Riigikantselei, lk 12
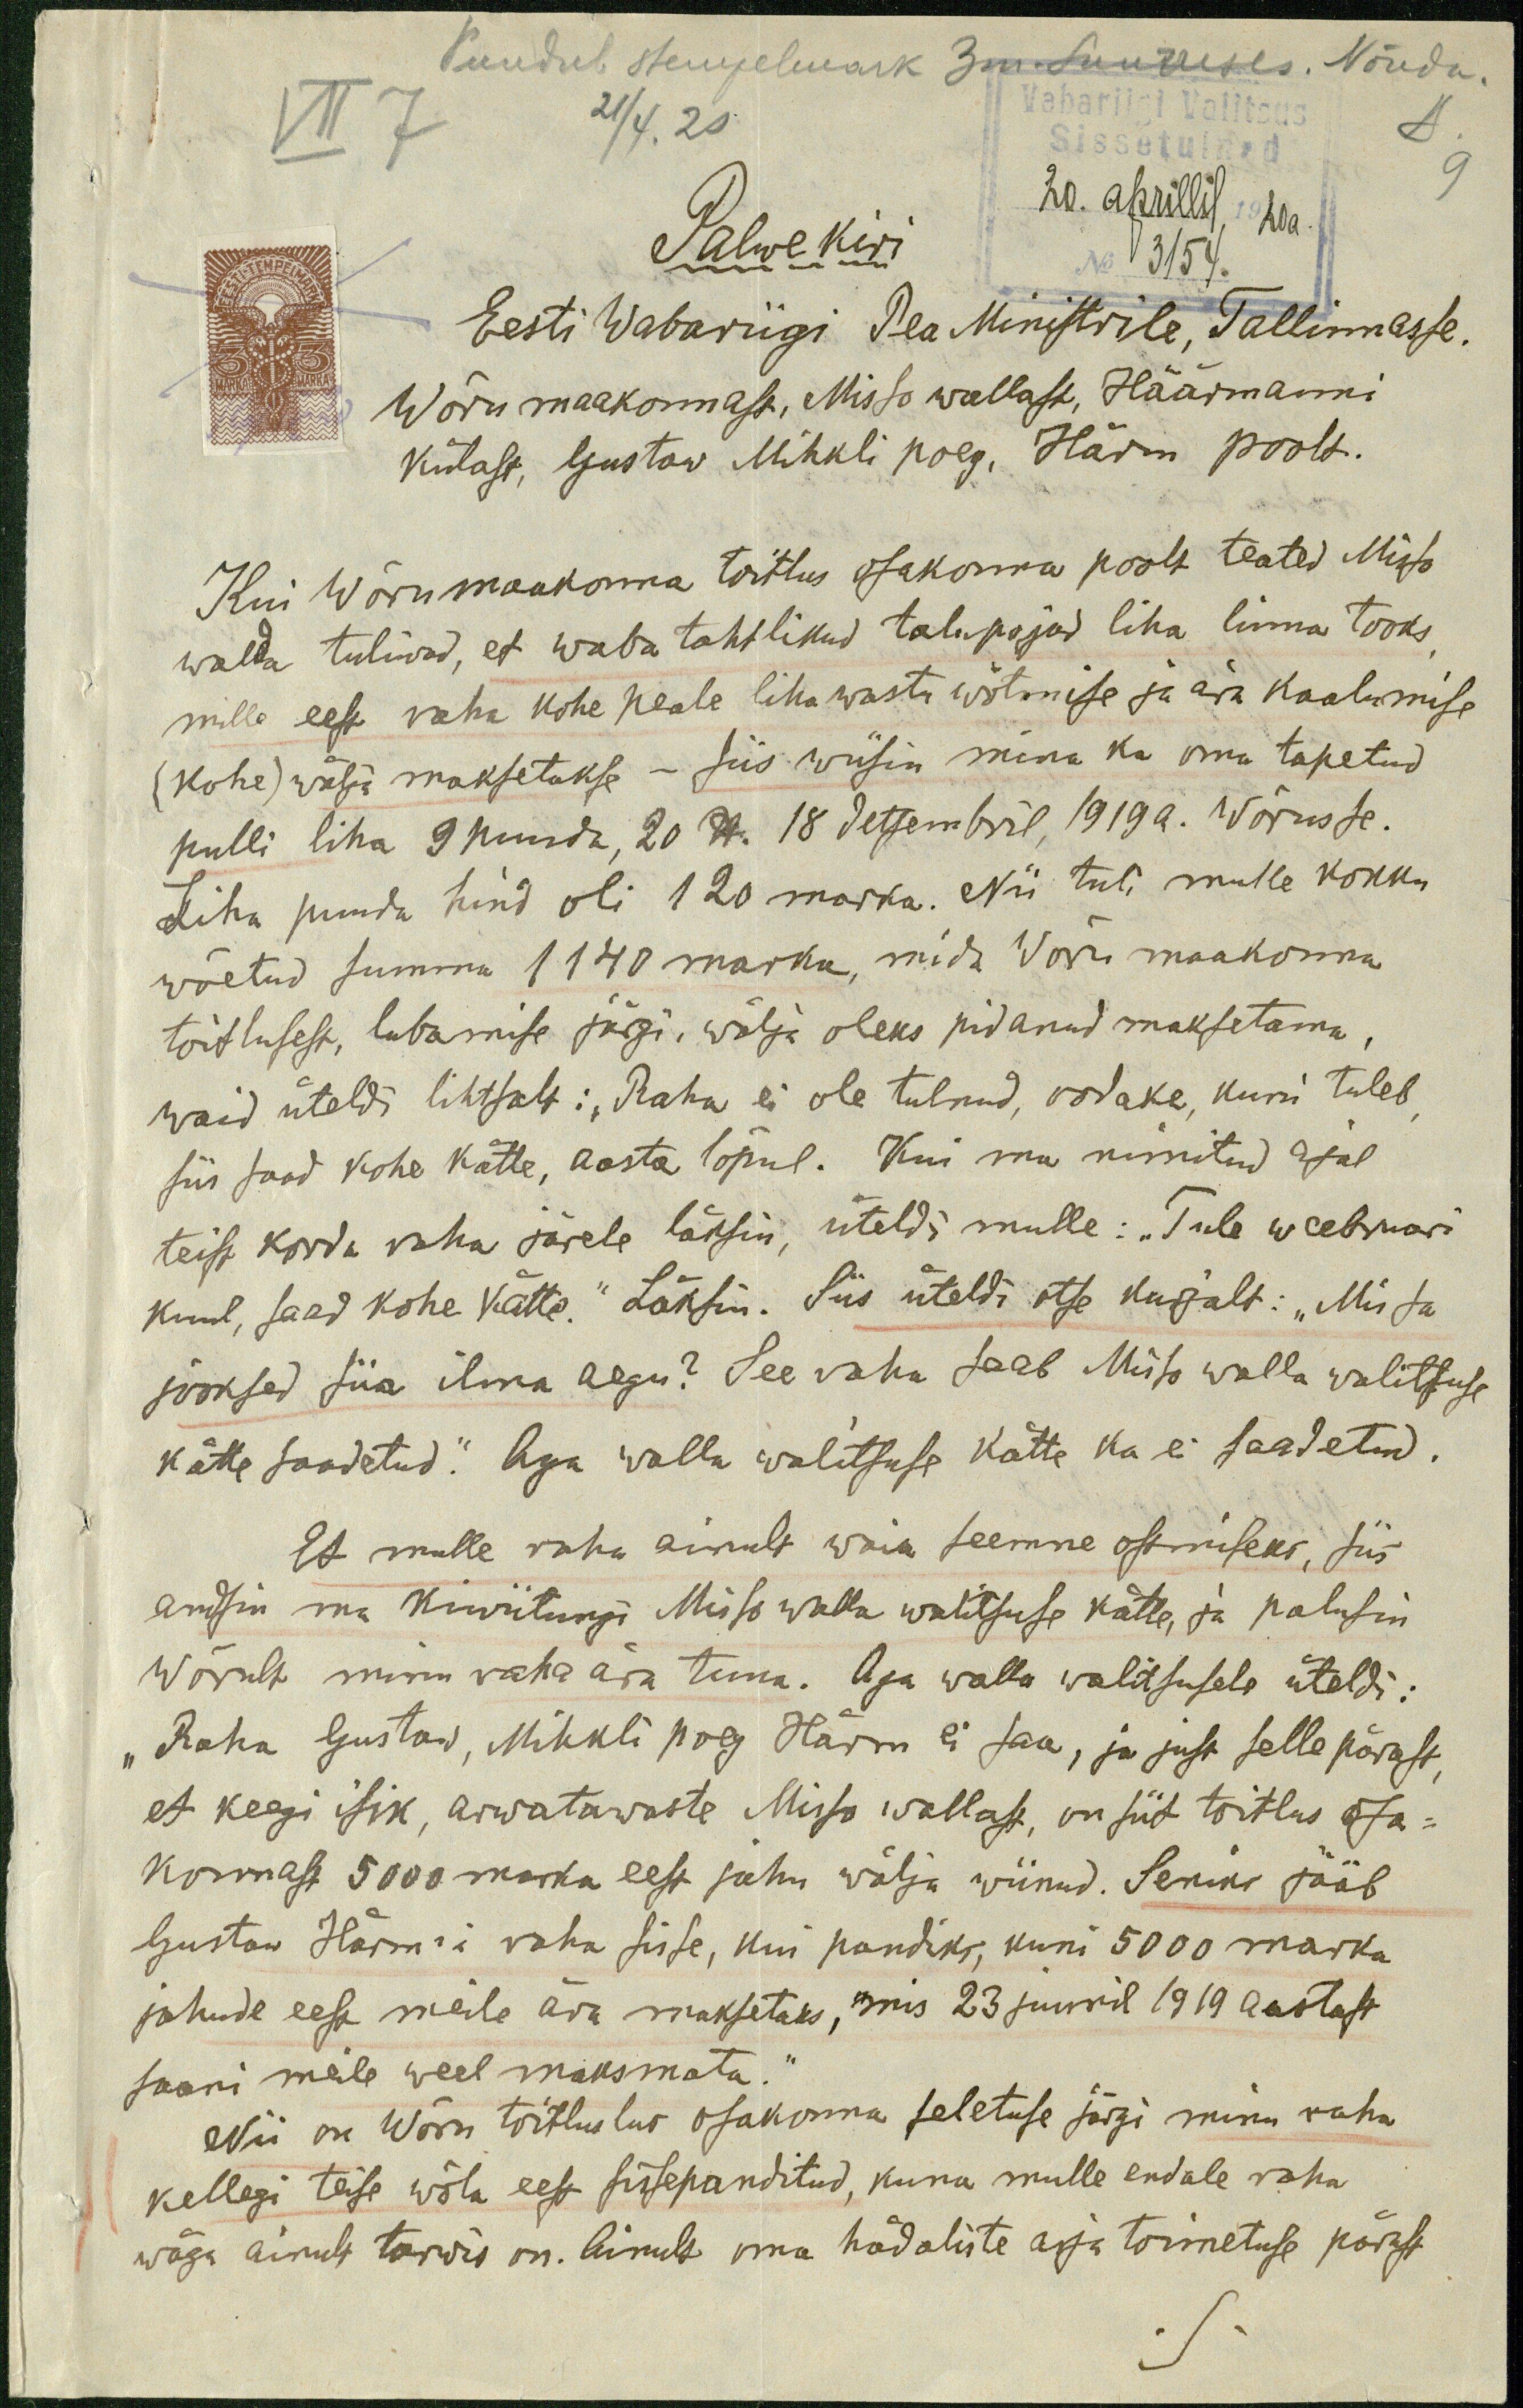
Puudub tempelmark 3m. suuruses. Nõuda.
VII 7
21/4. 20
Vabariigi Valitsus
Sissetulnud
9
Palwekiri
20. aprillil, 1920 a.
3154
Eesti Wabariigi Pea Ministrile, Tallinnasse.
Wõru maakonnast, Misso wallast, Häärmanni
külast, Gustaw Mihkli poeg, Härm poolt.
Kui Wõru maakonna toitlus osakonna poolt teated Misso
walda tuliwad, et waba tahtlikud talupojad liha linna tooks,
mille eest raha kohe peale liha wastu wõtmise ja aja kaalumise
(kohe) wälja maksetakse - siis wiisin mina ka oma tapetud
pulli liha 9 puuda, 20 lb. 18 detsembril, 1919 a. Wõrusse.
Liha puuda hind oli 120 marka. Nii tuli mulle kokku
wõetud summa 1140 marka, mida Wõru maakonna
toitlusest, lubamise järgi, wälja oleks pidanud maksetama,
waid üteldi lihtsalt: „Raha ei ole tulnud, oodake, kuni tuleb,
siis saad kohe kätte, aasta lõpul. Kui ma nimitud ajal
teist korda raha järele läksin, üteldi mulle: "Tule weebruari
kuul, saad kohe kätte." Läksin. Siis üteldi otse kurjalt: "Mis sa-
jooksed siia ilma aegu? See raha saab Misso walla walitsuse
kätte saadetud.“ Aga walla walitsuse kätte ka ei saadatud.
Et mulle raha ainult waia seemne ossmiseks, siis
andsin ma Kiwiitungi Misso walla walitsuse kätte ja palusin
Wõrult minu raha ära tuua. Aga walla walitsusele üteldi:
"Raha Gustaw, Mihkli poeg Härm ei saa, ja just selle pärast,
et keegi isik, arwatawaste Misso wallast, on siit toitlus osa-
konnast 5000 marka eest jahu wälja wiinud. Seniks jääb
Gustaw Härm'i raha sisse, kui pandiks, kuni 5000 marka
jahude eest meile ära maksetaks, mis 23 juunil 1919 aastast
saani meile weel maksmata.
Nii on Wõru toitlustus osakonna seletuse järgi minu raha
kellegi teise wõla eest sissepanditud, kuna mulle endale raha
wäga ainult tarwis on. Ainult oma hädaliste asja toimetuse pärast